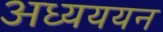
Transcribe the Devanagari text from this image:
अध्यययन